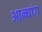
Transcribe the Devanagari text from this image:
आन्यांग